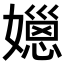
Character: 𡢆